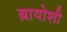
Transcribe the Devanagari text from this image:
ब्रायोशी